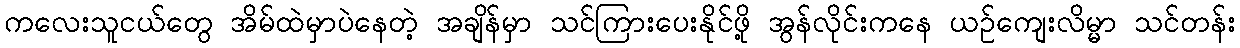
ကလေးသူငယ်တွေ အိမ်ထဲမှာပဲနေတဲ့ အချိန်မှာ သင်ကြားပေးနိုင်ဖို့ အွန်လိုင်းကနေ ယဉ်ကျေးလိမ္မာ သင်တန်း